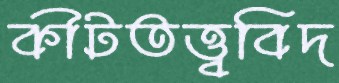
কীটতত্ত্ববিদ